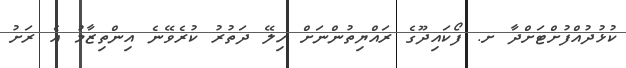
ކުޅުދުއްފުށްޓަށްދާ ށ. ފޯކައިދޫގެ ރައްޔިތުންނަށް ހިލޭ ދަތުރު ކުރެވޭނެ އިންތިޒާމު އެ ރަށު